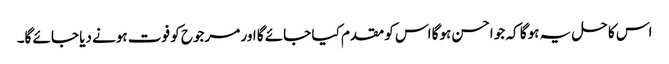
اس کا حل یہ ہوگا کہ جو احسن ہوگا اس کو مقدم کیا جائے گا اور مرجوح کو فوت ہونے دیا جائے گا۔